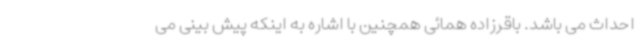
احداث می باشد. باقرزاده همائی همچنین با اشاره به اینکه پیش بینی می